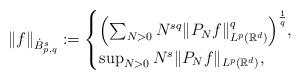
LaTeX: \begin{align*} \| f \|_{\dot B^{s}_{p,q}} := \begin{cases} \Bigl(\sum_{N>0} N^{sq}\| P_N f \|_{L^p(\mathbb R^d)}^q \Bigr)^{\frac 1q}, \\ \sup_{N>0} N^{s} \| P_N f \|_{L^p(\mathbb R^d)}, \end{cases}\end{align*}